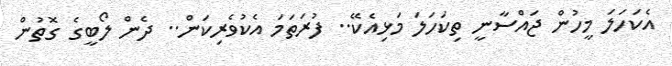
އެކަހަލަ މީހުން ޖައްސާނީ ތިކަހަލަ މަޅިއެކޭ.. ފުރަތަމަ އެކުވެރިކަން.. ދެން ލޯބީގެ ގޮތުން